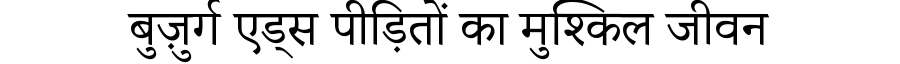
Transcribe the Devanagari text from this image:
बुज़ुर्ग एड्स पीड़ितों का मुश्किल जीवन